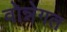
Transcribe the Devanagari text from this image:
वोन्नेगत